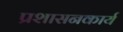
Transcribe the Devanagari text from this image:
प्रशासनकार्य